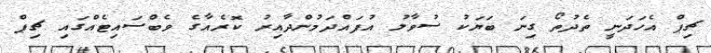
ޗިޕް އެހަދަނީ ތެދުތޯ ގިނަ ބަޔަކު ސުވާލު އުފައްދަމުންދާއިރު ކޮރެއާގެ ވެބްސައިޓެއްގައި ޗިޕް